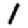
Digit: 1